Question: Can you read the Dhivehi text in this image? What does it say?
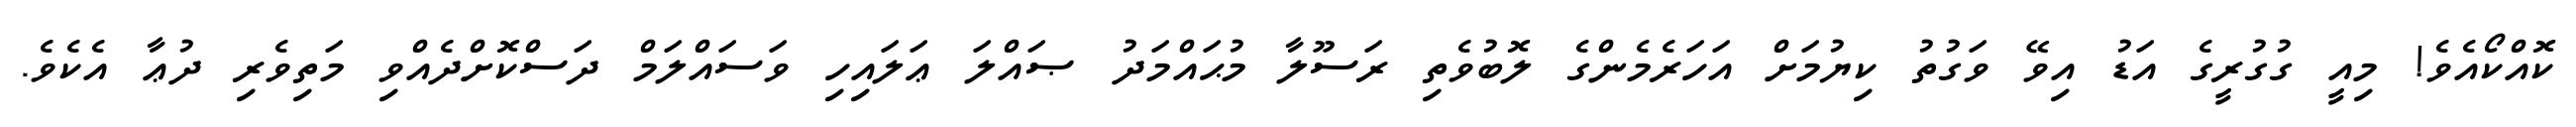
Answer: ކޮއްކޯއެވެ! މިއީ ގުގުރީގެ އަޑު އިވޭ ވަގުތު ކިޔުމަށް އަހަރެމެންގެ ލޮބުވެތި ރަސޫލާ މުޙައްމަދު ޞައްލަ ޢަލައިހި ވަސައްލަމް ދަސްކޮށްދެއްވި މަތިވެރި ދުޢާ އެކެވެ.